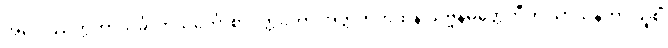
အပ္ပေါဿုက္ကတာသင်္ခါတသင်္ကောစာပတ္တိတော အတ္ထတကထိနံ သဗ္ဗနိမိတ္တေဟီတိ သာသနိကာ သူစိံ